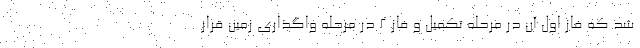
شد که فاز اول آن در مرحله تکمیل و فاز 2 در مرحله واگذاری زمین قرار